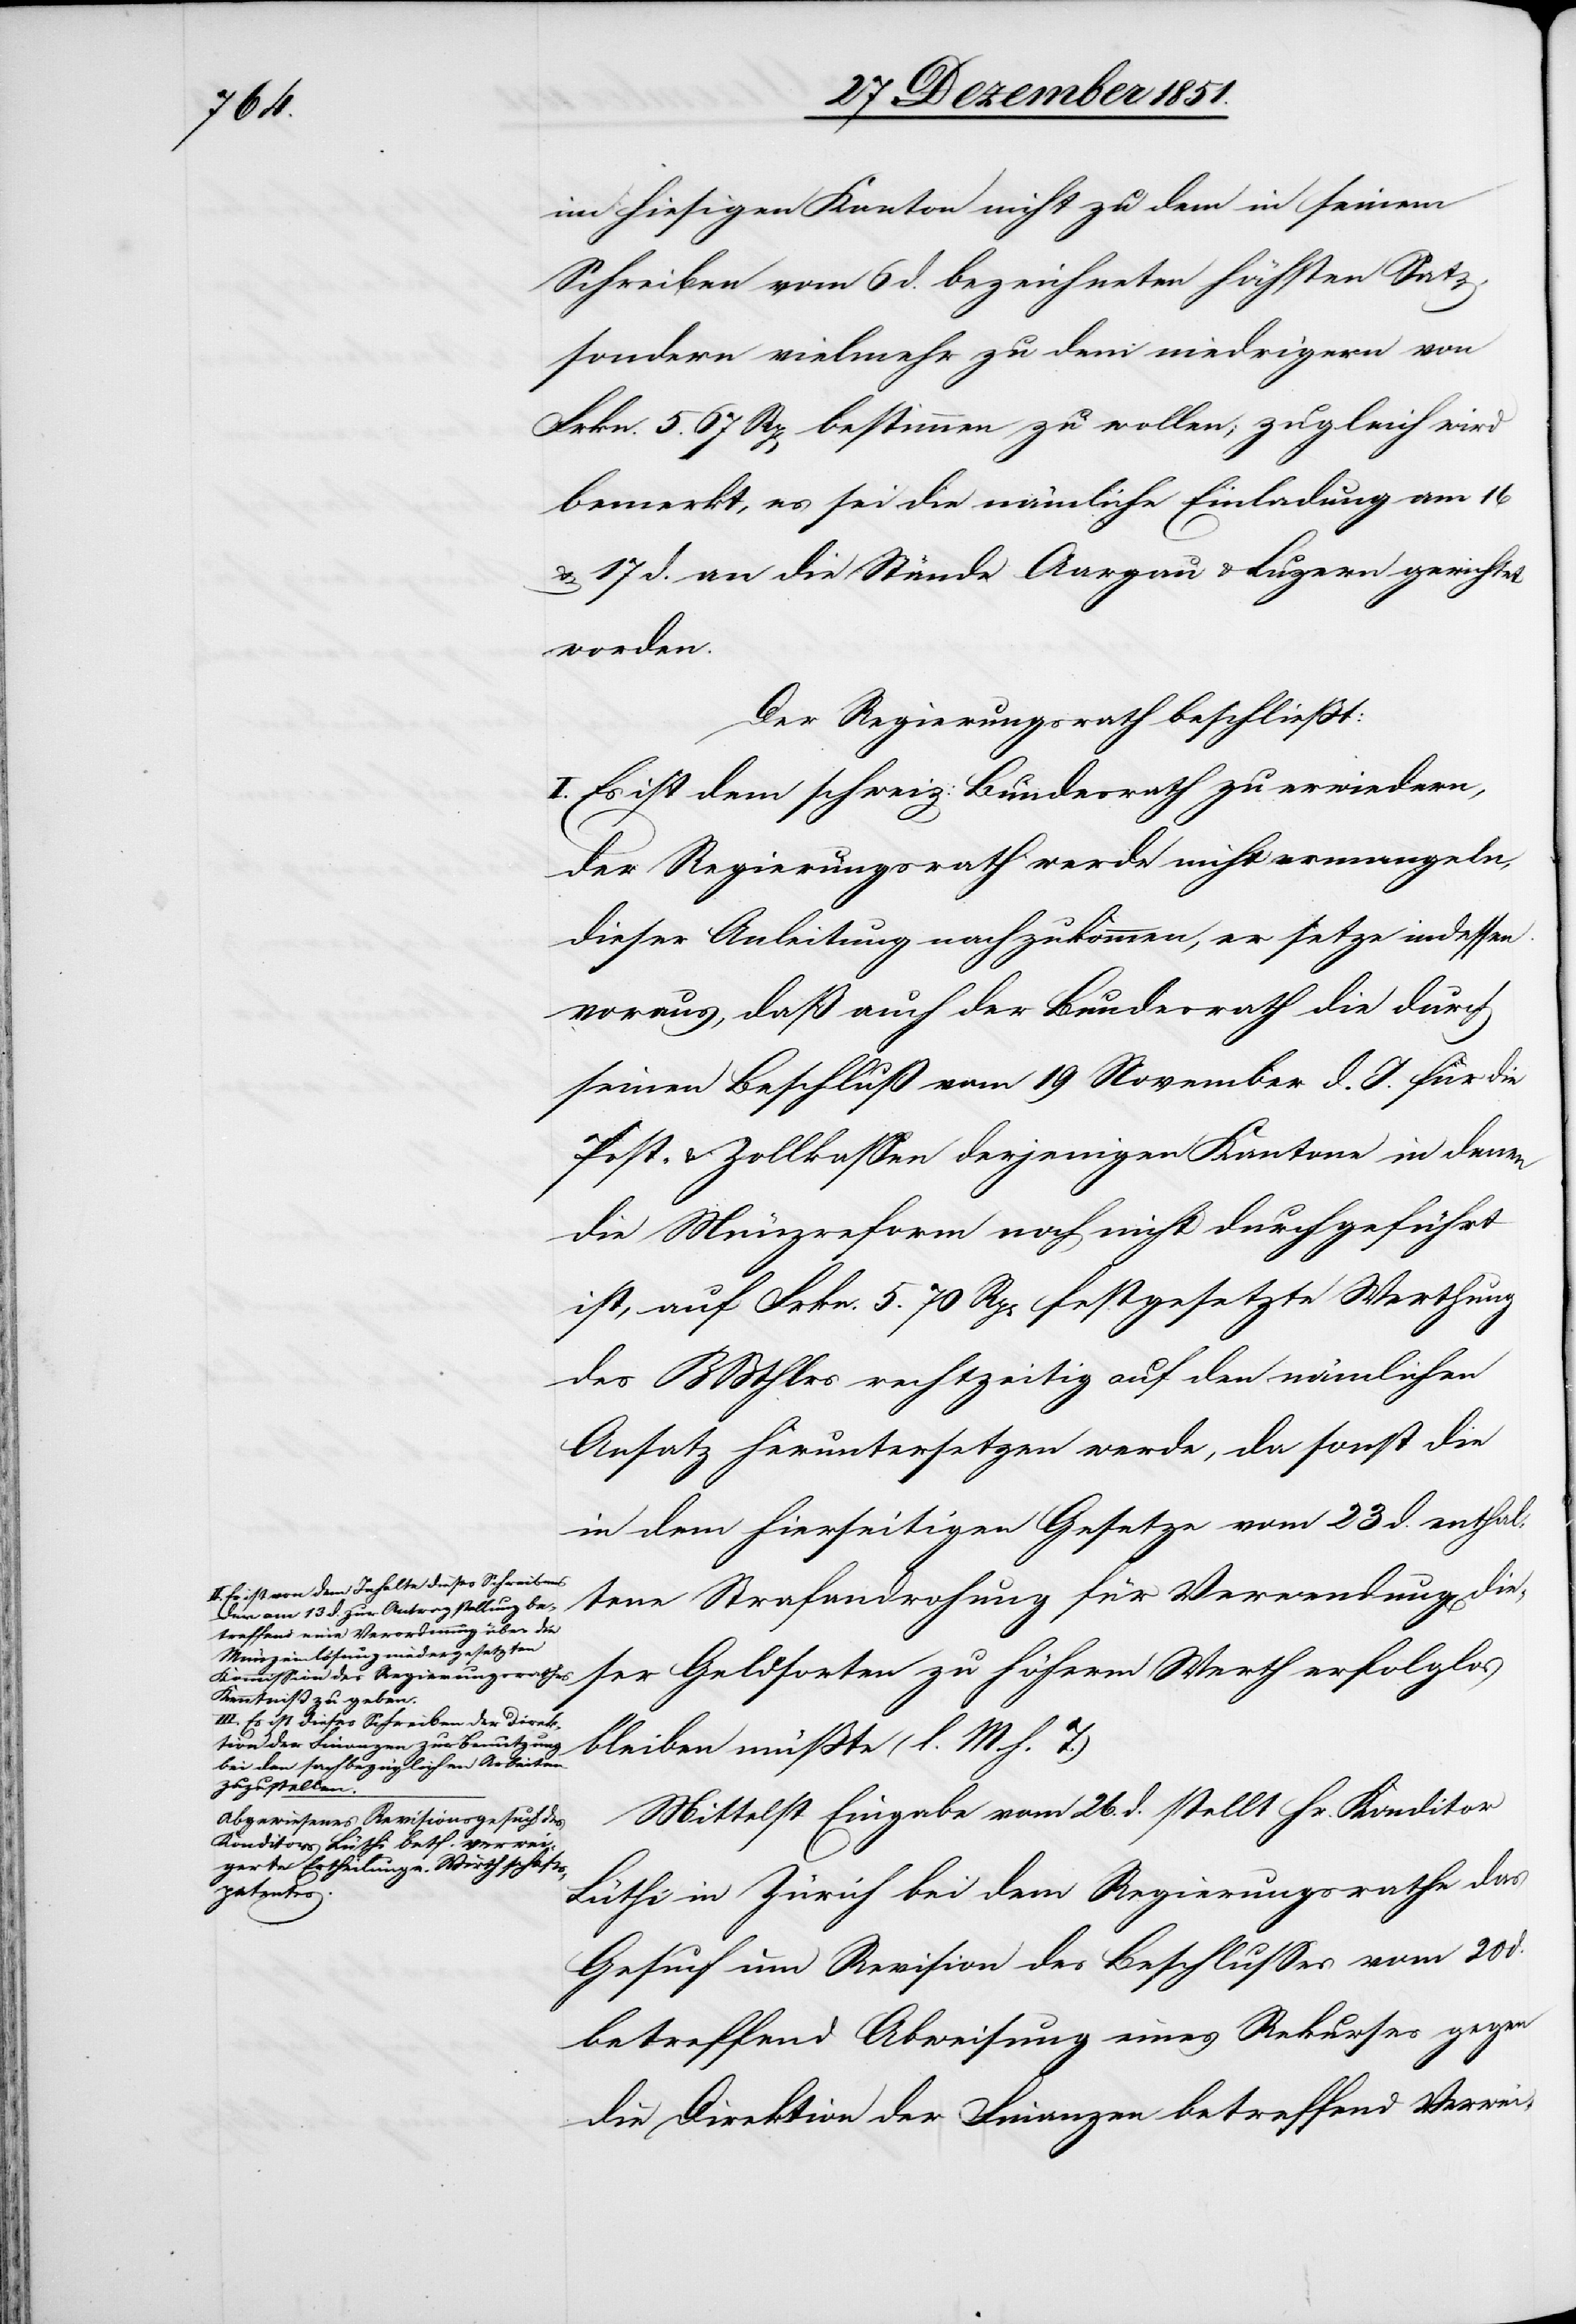
a-I¬

I. Es ist von dem Inhalte dieses Schreibens
der am 13 d. zur Antragstellung be¬
treffend eine Verordnung über die
Münzeinlösung niedergesetzten
Kommission des Regierungsrathes
Kenntniß zu geben.
III. Es ist dieses Schreiben der Direk¬
tion der Finanzen zur Benutzung
bei den sachbezüglichen Arbeiten
zuzustellen.-a

im hiesigen Kanton nicht zu dem in seinem
Schreiben vom 6 d. bezeichneten höchsten Satz,
sondern vielmehr zu dem niedrigern von
Frkn. 5. 67 Rp[en] bestimmen zu wollen; zugleich wird
bemerkt, es sei die nämliche Einladung am 16
& 17 d. an die Stände Aargau & Luzern gerichtet
worden.
Der Regierungsrath beschließt:
I. Es ist dem schweiz: Bundesrath zu erwiedern,
der Regierungsrath werde nicht ermangeln,
dieser Anleitung nachzukommen, er setze indessen
voraus, daß auch der Bundesrath die durch
seinen Beschluß vom 19 November d. J. für die
Post- & Zollkassen derjenigen Kantone in denen
die Münzreform noch nicht durchgeführt
ist, auf Frkn. 5. 70 Rp[en] festgesetzte Werthung
des BBthlrs rechtzeitig auf den nämlichen
Ansatz heruntersetzen werde, da sonst die
in dem hierseitigen Gesetze vom 23 d. enthal¬
tene Strafandrohung für Verwendung die¬
ser Geldsorten zu höherm Werth erfolglos
bleiben müßte (l. M. h. T.)
Mittelst Eingabe vom 26. d. stellt Hr. Konditor
Lüthi in Zürich bei dem Regierungsrathe das
Gesuch um Revision des Beschlusses vom 20 d.
betreffend Abweisung eines Rekurses gegen
die Direktion der Finanzen betreffend Verwei-